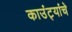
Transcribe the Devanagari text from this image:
काउंट्यांचे